King Institute of Preventive Medicine Micro-Biological Section reports 1909-11
Year: 1909
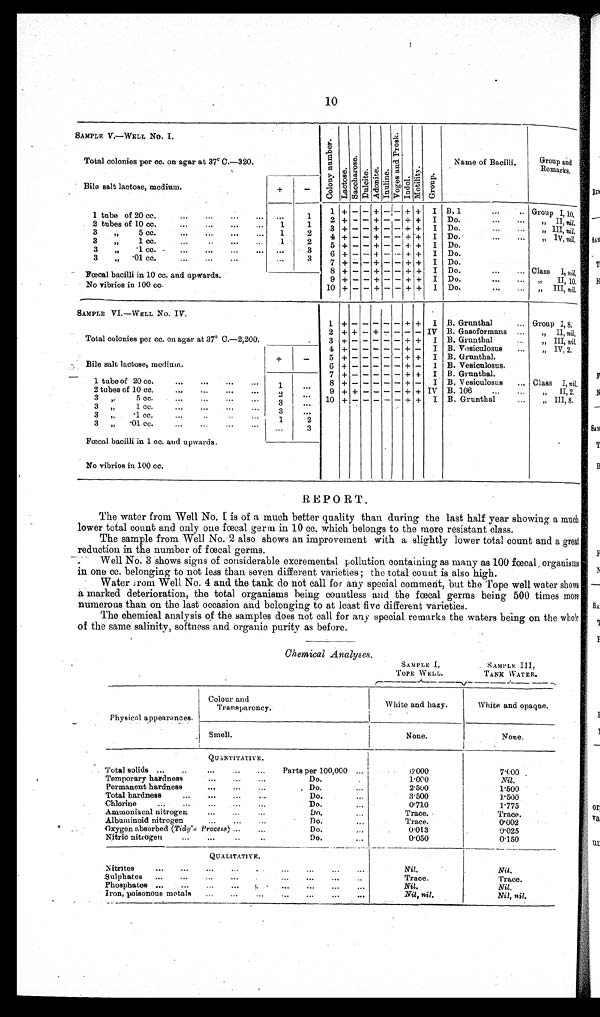
10
SAMPLE. V.—.WELL No. I
Col ony number. Lactose.Sacchar os e.Dul ci t e.Adonite.Inul i ne.
Vo v e s a n d P r o s k .
Indol.Mot i l i t y.Group.
Name of Bacilli.
Group and
Remarks.
Total colonies per cc. on agar at 37° C.—320.
Bile salt lactose, medium.
+
−
1 + − − + − − + +
I B. 1
Group I,10.
1 tube of 20 cc.
1
2 + − − + − − + +
I Do.
,, II, nil.
2 tubes of 10 cc.
1
1
3 + − − + − − + +
I Do.
,, III ni l.
3 „ 5 cc.
1
2
4 + − − + − − + +
I Do.
,, IV, nil.
3 „ 1 cc.
1
2
5 + − − + − − + +
I Do.
3 „ 1 cc.
3
6 + − − + − − + +
I Do.
3 ,, ·01 cc.
3
7 + − − + − − + +
I Do.
Fœcal bacilli in 10 cc. and upwards.
8 + − − + − − + +
I Do.
Class I, nil.
9 + − − + − − + +
I Do.
,, II, 10.
No vibrios in 100 cc.
10 + − − + − −
+ +
I Do.
„ III, nil,
SAMPLE VI.—WELL No. IV.
1
+ − − − − − +
+
I B. Grunthal
Group I,8,
Total colonies per cc. on agar at 37° C.—2,200.
2 + + − + − − − − IV B. Gasoformans
„ II, nil.
3 + − − − − − + +
I B. Grunthal
„ III, nil.
4 + − − − − − + −
I B. Vesiculosus
„ IV, 2.
Bile salt lactose, medium.
+
−
5 + − − − − − + +
I B. Grunthal.
6 + − − − − − + −
I B. Vesiculosus.
7 + − − − − − + +
I B. Grunthal.
1 tube of 20 cc.
1
8 + − − − − − + −
I B. Vesiculosus
Class I, nil.
2 tubes of 10 cc.
2
9 + + − − − − + + IV B. 106
„ II,2.
3 ,, 5 cc.
3
10 + − − − − − + +
I B. Grunthal
„ III,8.
3 ,, 1 cc.
3
3 ,, ·1 cc .
1
2
3 „ ·01 cc.
3
Fœcal bacilli in 1 cc. and upwards.
No vibrios in 100 cc.
REPORT.
The water from Well No. 1 is of a much bettor quality than during the last half year showing a much
lower total count and only one fœcal germ in 10 cc. which belongs to the more resistant class.
The sample from Well No. 2 also shows an improvement with a slightly lower total count and a great
reduction in the number of fœcal germs.
Well No: 3 shows signs of considerable excremental pollution containing as many as 100 fœcal, organisms
in one cc. belonging to not less than. seven different varieties the total count is also high.
Water from Well No. 4 and the tank do not call for any special comment, but the Tope well water show
a marked deterioration, the total organisms being countless and the fœcal germs being 500 times more
numerous than on the last occasion and belonging to at least five different varieties.
The chemical analysis of the samples does not call for any special remarks the waters being on the whole
of the same salinity, softness and organic purity as before.
Chemical Analyses.
SAMPLE 1,
TOPE W ELL.
SAMPLE III,
TANK WATER.
Physical appearances.
Colour and
Transparency.
White and hazy.
White and opaque.
Smell
Nonee
None..
QUANTITATIVE.
Total solids
Parts per 100,000
5 · 0 0 0
7 · 0 0 0
Temporary hardness
Do.
1 · 0 0 0
N i l .
Permanent hardness
Do.
2 · 5 0 0
1 · 5 0 0
Total hardness
Do.
3 · 5 0 0
1 · 5 0 0
Chlorine
Do.
0 · 7 1 0
1 · 7 7 5
Ammoniacal nitrogen
Do.
T r a c e .
T r a c e .
Albaminoid nitrogen
Do.
T r a c e .
0 · 0 0 2
Oxygen absorbed (Tidy's Process)
Do.
0 · 0 1 3
0 · 0 2 5
Nitric nitrogen
Do.
0 · 0 5 0
0 · 1 5 0
QUANTITATIVE.
Nitrites
Nil.
Nil.
Sulphates
Trace.
Trace.
Phosphates
Nil.
Nil.
Iron, poisonous metals
Nil, nil.
Nil, nil.